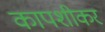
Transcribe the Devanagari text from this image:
कापशीकर